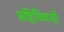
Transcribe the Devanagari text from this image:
बहिविवाही